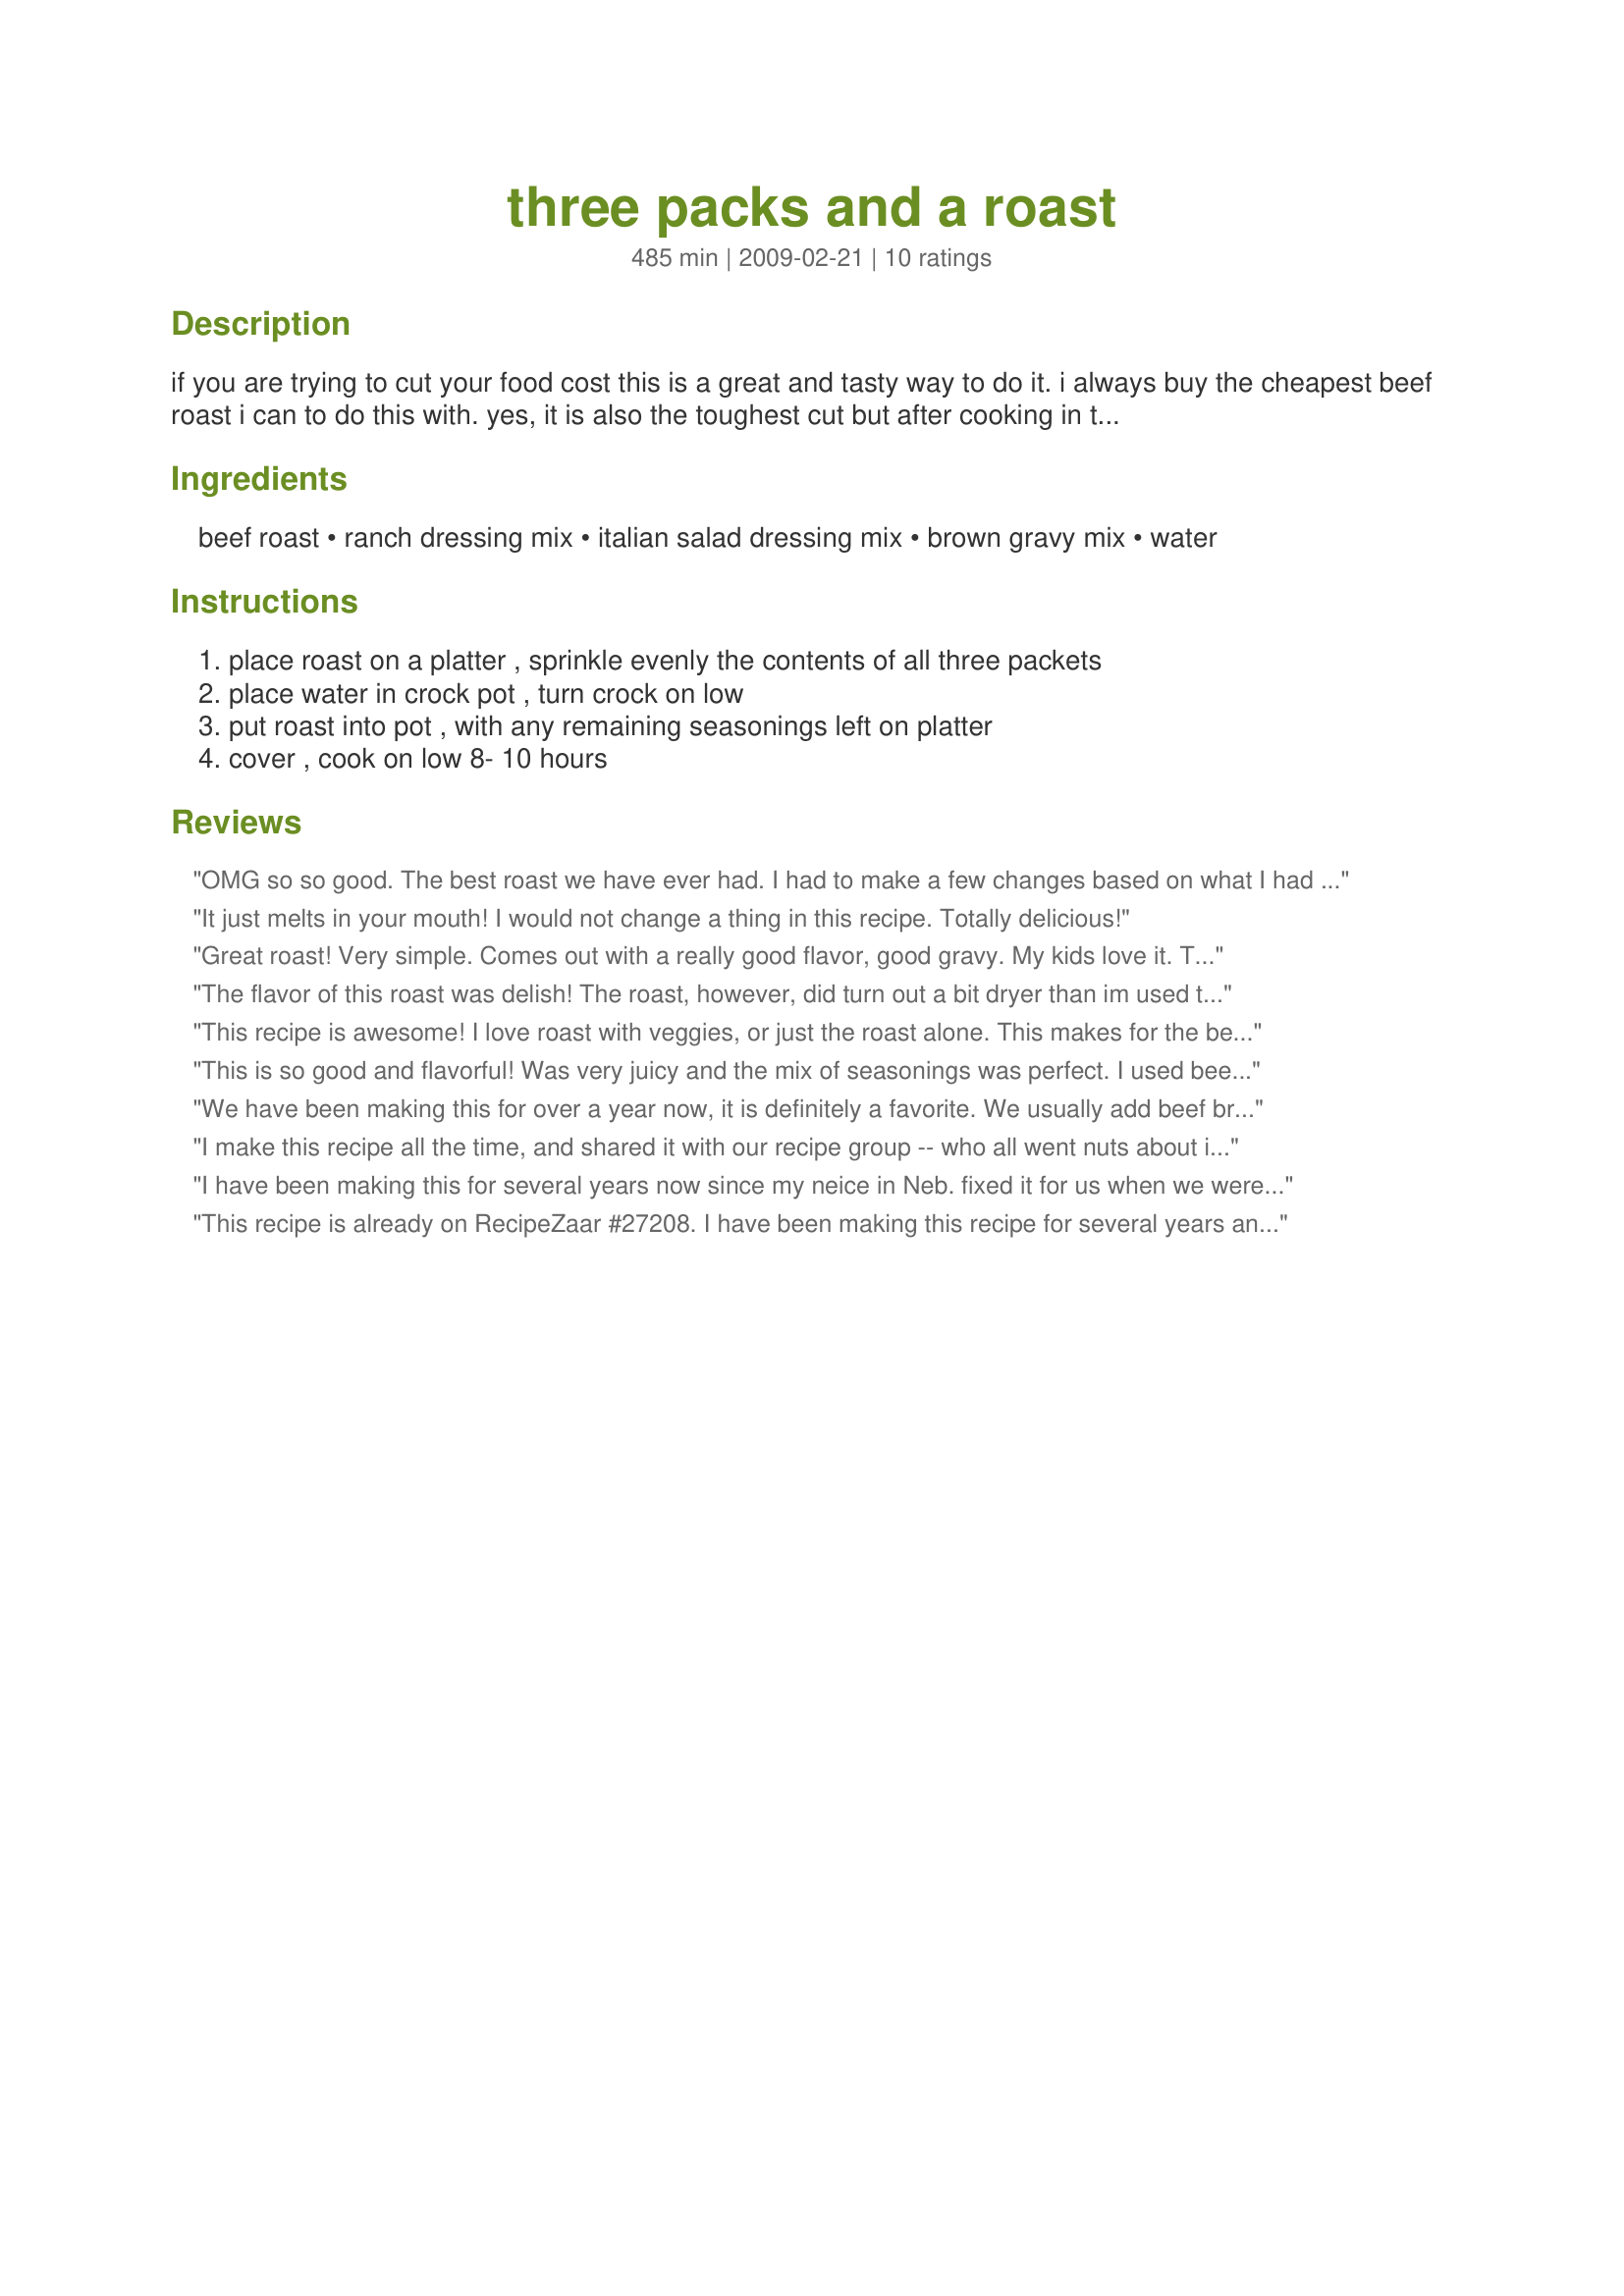
three packs and a roast
Preparation time: 485 minutes

if you are trying to cut your food cost this is a great and tasty way to do it. i always buy the cheapest beef roast i can to do this with. yes, it is also the toughest cut but after cooking in the crockpot all day, it is very good and tender. put the gravy on some mashec potatoes, or spoon over cornbread muffins. ooh yeah...

Ingredients:
beef roast, ranch dressing mix, italian salad dressing mix, brown gravy mix, water

Steps:
place roast on a platter , sprinkle evenly the contents of all three packets, place water in crock pot , turn crock on low, put roast into pot , with any remaining seasonings left on platter, cover , cook on low 8- 10 hours

Reviews:
OMG so so good. The best roast we have ever had. I had to make a few changes based on what I had on hand. I only had half a pack of ranch dressing mix and I didn't have a italian salad dressing but did have a pasta dressing mix - fairly similar. I also used beef stock instead of water. We also served this over this chef's cornbread - so good and a great new way to eat roast and gravy. Thanks!
It just melts in your mouth! I would not change a thing in this recipe. Totally delicious!
Great roast! Very simple. Comes out with a really good flavor, good gravy. My kids love it. This is now the consistent pot roast recipe in our house. Thanks!
The flavor of this roast was delish! The roast, however, did turn out a bit dryer than im used to. but then again I ended up cooking it on high due to a time crunch. Will definatly make this again! thanks for posting!
This recipe is awesome! I love roast with veggies, or just the roast alone. This makes for the best gravy ever! Thank you so much for posting this flavorful jewel. I drank the leftover juice it was so good!!
This is so good and flavorful! Was very juicy and the mix of seasonings was perfect. I used beef broth instead of water like some others suggested. Shredded up and served as sandwiches. Will make again since it contains ingredients I always have on hand.
We have been making this for over a year now, it is definitely a favorite. We usually add beef broth, instead of water.
I make this recipe all the time, and shared it with our recipe group -- who all went nuts about it. This works with roasts up to 3.5 lbs -- any larger and you'll need more spices. It can be done with any cut of beef, and I never use water. I do it with veggies, too, and it turns out fantastic.

I got this orginally as a pressure cooker roast recipe -- it works great in both.
I have been making this for several years now since my neice in Neb. fixed it for us when we were visting we also used beef broth. Very good !!!!!
This recipe is already on RecipeZaar #27208. I have been making this recipe for several years and it is GREAT!!! One of the reviews on this other recipe said to use only 1/2 packet of both the Italian Dressing and the Ranch Dressing to keep it from being too salty. If you think it is too salty, try it this way.
